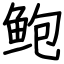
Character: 鲍